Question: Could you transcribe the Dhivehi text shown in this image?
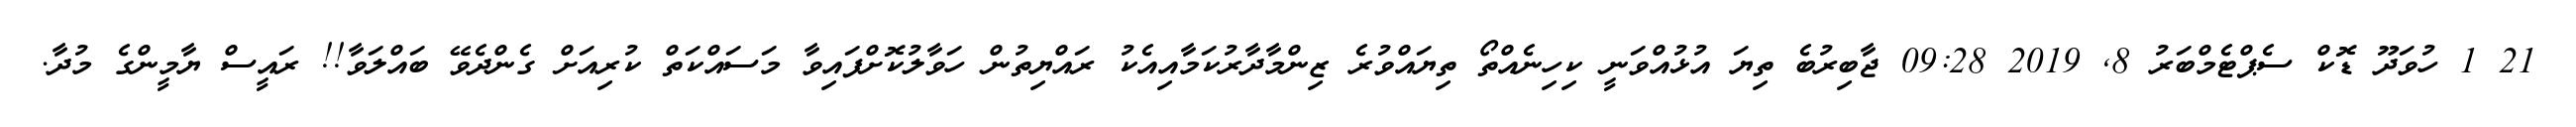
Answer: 21 1 ހުވަދޫ ޑޮކް ސެޕްޓެމްބަރު 8, 2019 09:28 ޖާބިރުބެ ތިޔަ އުޅުއްވަނީ ކިހިނެއްތޯ ތިޔައްވުރެ ޒިންމާދާރުކަމާއިއެކު ރައްޔިތުން ހަވާލުކޮށްފައިވާ މަސައްކަތް ކުރިއަށް ގެންދެވޭ ބައްލަވާ!! ރައީސް ޔާމީންގެ މުދާ.